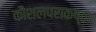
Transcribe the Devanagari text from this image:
कौशलपराकष्ठा